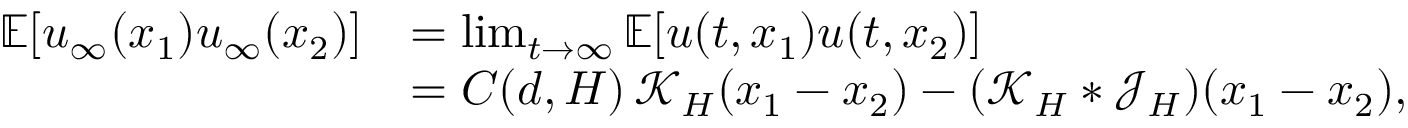
\begin{array} { r l } { \mathbb { E } [ u _ { \infty } ( x _ { 1 } ) u _ { \infty } ( x _ { 2 } ) ] } & { = \operatorname* { l i m } _ { t \rightarrow \infty } \mathbb { E } [ u ( t , x _ { 1 } ) u ( t , x _ { 2 } ) ] } \\ & { = C ( d , H ) \, \mathcal { K } _ { H } ( x _ { 1 } - x _ { 2 } ) - ( \mathcal { K } _ { H } \ast \mathcal { J } _ { H } ) ( x _ { 1 } - x _ { 2 } ) , } \end{array}